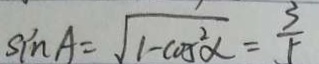
\sin A = \sqrt { 1 - \cos ^ { 2 } \alpha } = \frac { 3 } { 5 }